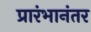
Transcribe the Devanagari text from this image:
प्रारंभानंतर